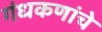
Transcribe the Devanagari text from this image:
गंधकणांचे